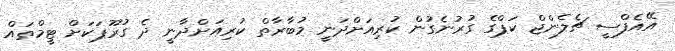
އޭއެފްސީ ޗެލެންޖް ކަޕްގެ ގުރުނެގުން ކުރިއަށްދަނީ މުބާރާތް ކުރިއަށްދާނީ ދެ ގުރޫޕަކަށް ޓީމްތައް